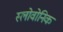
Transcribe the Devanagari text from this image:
स्लोवोनिक